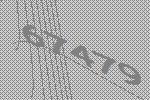
67479